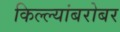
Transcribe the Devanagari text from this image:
किल्ल्यांबरोबर